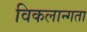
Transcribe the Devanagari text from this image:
विकलान्गता